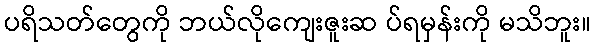
ပရိသတ်တွေကို ဘယ်လိုကျေးဇူးဆ ပ်ရမှန်းကို မသိဘူး။